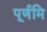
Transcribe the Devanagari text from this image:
पूर्णमि